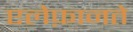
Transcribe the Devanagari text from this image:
एलेफ़ानते